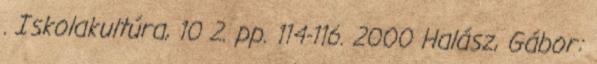
. Iskolakultúra, 10 2. pp. 114-116. 2000 Halász, Gábor: